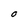
Character: O